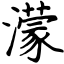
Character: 濛